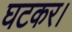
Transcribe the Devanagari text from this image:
घटकर।